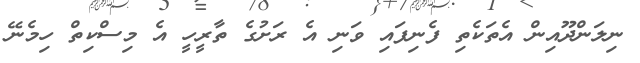
ނިލަންދޫއިން އެތަކެތި ފެނިފައި ވަނި އެ ރަށުގެ ތާރީހީ އެ މިސްކިތް ހިމެނޭ